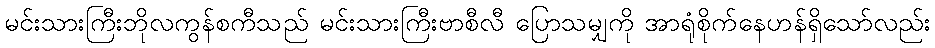
မင်းသားကြီးဘိုလကွန်စကီသည် မင်းသားကြီးဗာစီလီ ပြောသမျှကို အာရုံစိုက်နေဟန်ရှိသော်လည်း